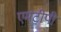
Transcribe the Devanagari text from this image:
एमटीपी